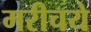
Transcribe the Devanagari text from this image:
मरीचये